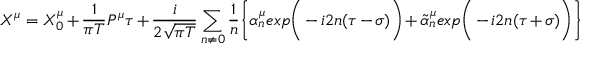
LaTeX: X ^ { \mu } = X _ { 0 } ^ { \mu } + { \frac { 1 } { \pi T } } P ^ { \mu } \tau + { \frac { i } { 2 \sqrt { \pi T } } } \sum _ { n \neq 0 } { \frac { 1 } { n } } \bigg \{ \alpha _ { n } ^ { \mu } e x p \bigg ( - i 2 n ( \tau - \sigma ) \bigg ) + \tilde { \alpha } _ { n } ^ { \mu } e x p \bigg ( - i 2 n ( \tau + \sigma ) \bigg ) \bigg \}